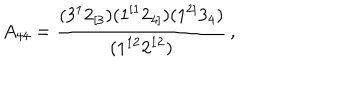
A _ { 4 4 } = \frac { ( 3 ^ { 1 } 2 _ { [ 3 } ) ( 1 ^ { [ 1 } 2 _ { 4 ] } ) ( 1 ^ { 2 ] } 3 _ { 4 } ) } { ( 1 ^ { 1 2 } 2 ^ { 1 2 } ) } \, ,